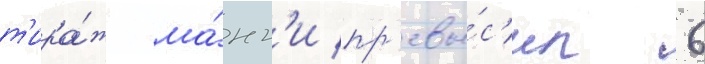
т'ира́ж ма́нг'и пр'евы́с'ил 6